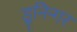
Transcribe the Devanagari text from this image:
डूनिन्गर